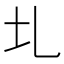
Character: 圠